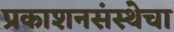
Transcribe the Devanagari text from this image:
प्रकाशनसंस्थेचा